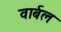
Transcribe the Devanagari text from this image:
वार्बल